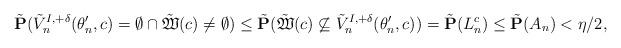
LaTeX: \begin{align*}\tilde{\mathbf P}(\tilde V^{I,+\delta}_n(\theta'_n,c)=\emptyset\cap\tilde{\mathfrak{W}}(c)\ne\emptyset)\le \tilde{\mathbf P}(\tilde{\mathfrak{W}}(c)\not\subseteq\tilde V^{I,+\delta}_n(\theta'_n,c))=\tilde{\mathbf P}(L^c_n)\le \tilde{\mathbf P}(A_n)<\eta/2,\end{align*}